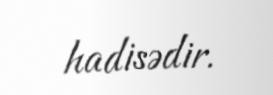
hadisədir.